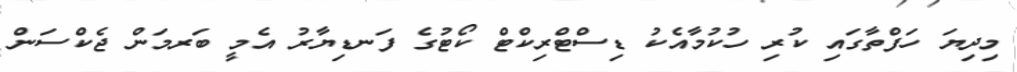
މިދިޔަ ހަފްތާގައި ކުރި ހުކުމާއެކު ޑިސްޓްރިކްޓް ކޯޓުގެ ފަނޑިޔާރު އެމީ ބަރމަން ޖެކްސަން